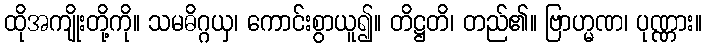
ထိုအကျိုးတို့ကို။ သမဓိဂ္ဂယှ၊ ကောင်းစွာယူ၍။ တိဋ္ဌတိ၊ တည်၏။ ဗြာဟ္မဏ၊ ပုဏ္ဏား။